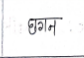
मजकूर: छगन